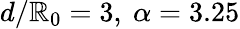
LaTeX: d/\mathbb{R}_{0}=3,\ \alpha=3.25